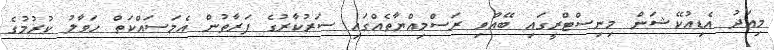
މިއަދު އެޑިއުކޭޝަން މިނިސްޓްރީގައި ބޭއްވި ރަސްމިއްޔާތެއްގައި ސަރުކާރުގެ ފަރާތުން އެމަސައްކަތް ހަވާލު ކުރުމުގެ